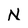
Character: N